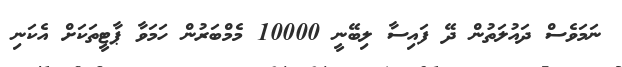
ނަމަވެސް ދައުލަތުން ދޭ ފައިސާ ލިބޭނީ 10000 މެމްބަރުން ހަމަވާ ޕާޓީތަކަށް އެކަނި